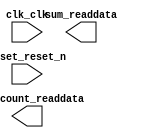

module medidor_desempenho (
	clk_clk,
	clockcount_readdata,
	reset_reset_n,
	sum_readdata);	

	input		clk_clk;
	output	[31:0]	clockcount_readdata;
	input		reset_reset_n;
	output	[31:0]	sum_readdata;
endmodule